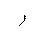
Letter: _ra